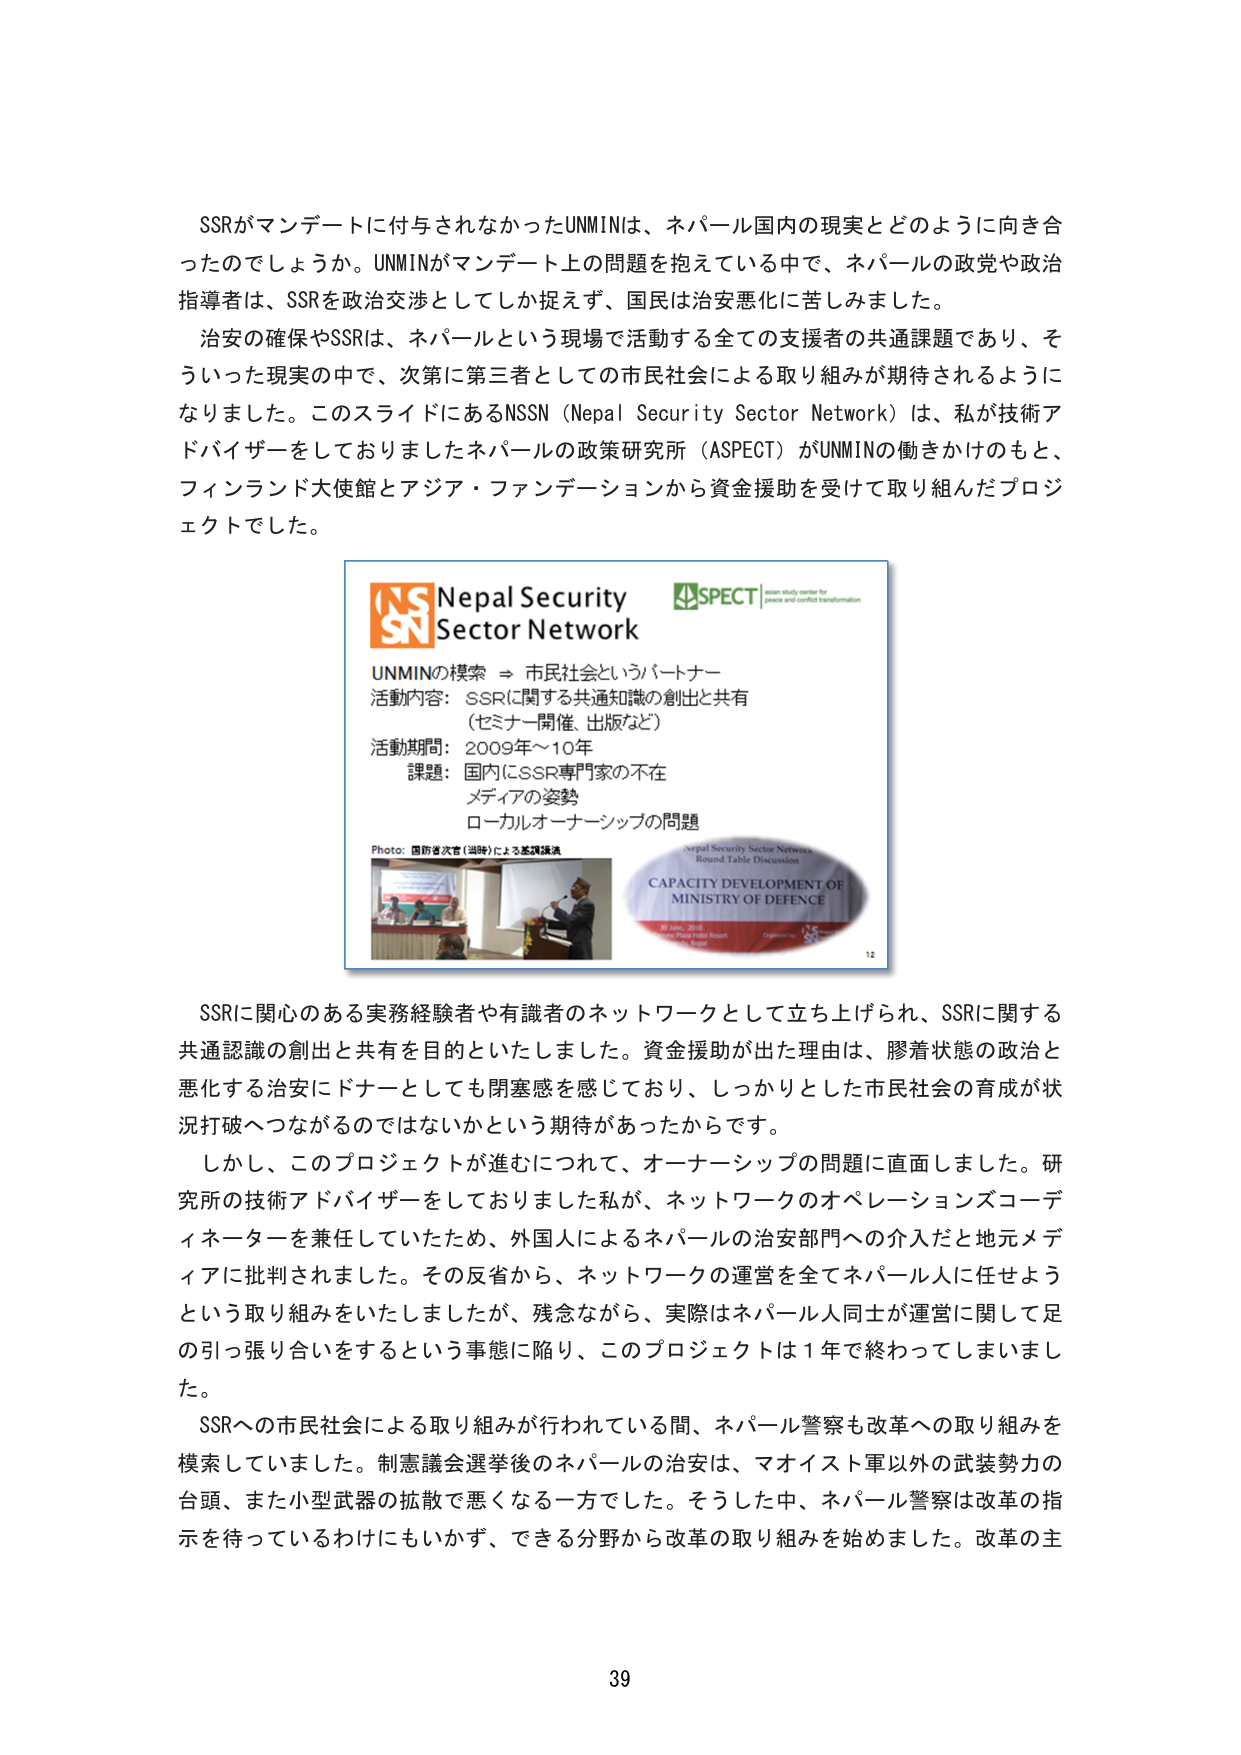
SSRがマンデートに付与されなかったUNMINは、ネパール国内の現実とどのように向き合ったのでしょうか。UNMINがマンデート上の問題を抱えている中で、ネパールの政党や政治指導者は、SSRを政治交渉としてしか捉えず、国民は治安悪化に苦しみました。

治安の確保やSSRは、ネパールという現場で活動する全ての支援者の共通課題であり、そういった現実の中で、次第に第三者としての市民社会による取り組みが期待されるようになりました。このスライドにあるNSSN（Nepal Security Sector Network）は、私が技術アドバイザーをしておりましたネパールの政策研究所（ASPECT）がUNMINの働きかけのもと、フィンランド大使館とアジア・ファンデーションから資金援助を受けて取り組んだプロジェクトでした。

Nepal Security Sector Network
ASPECT | peace study center for peace and conflict transformation

UNMINの模索 ⇒ 市民社会というパートナー
活動内容：SSRに関する共通知識の創出と共有
（セミナー開催、出版など）
活動期間：2009年～10年
課題：国内にSSR専門家の不在
メディアの姿勢
ローカルオーナーシップの問題

Photo: 国防省次官（当時）による基調講演

Nepal Security Sector Network
Round Table Discussion
CAPACITY DEVELOPMENT OF
MINISTRY OF DEFENCE
20 June, 2010
The Pearl Hotel Resort
Kathmandu
Organized by
12

SSRに関心のある実務経験者や有識者のネットワークとして立ち上げられ、SSRに関する共通認識の創出と共有を目的といたしました。資金援助が出た理由は、膠着状態の政治と悪化する治安にドナーとしても閉塞感を感じており、しっかりとした市民社会の育成が状況打破へつながるのではないかという期待があったからです。

しかし、このプロジェクトが進むにつれて、オーナーシップの問題に直面しました。研究所の技術アドバイザーをしておりました私が、ネットワークのオペレーションズコーディネーターを兼任していたため、外国人によるネパールの治安部門への介入だと地元メディアに批判されました。その反省から、ネットワークの運営を全てネパール人に任せようという取り組みをいたしましたが、残念ながら、実際はネパール人同士が運営に関して足の引っ張り合いをするという事態に陥り、このプロジェクトは1年で終わってしまいました。

SSRへの市民社会による取り組みが行われている間、ネパール警察も改革への取り組みを模索していました。制憲議会選挙後のネパールの治安は、マオイスト軍以外の武装勢力の台頭、また小型武器の拡散で悪くなる一方でした。そうした中、ネパール警察は改革の指示を待っているわけにもいかず、できる分野から改革の取り組みを始めました。改革の主

39